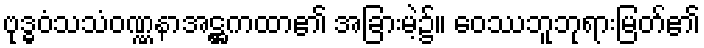
ဗုဒ္ဓဝံသသံဝဏ္ဏနာအဋ္ဌကထာ၏ အခြားမဲ့၌။ ဝေဿဘူဘုရားမြတ်၏